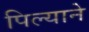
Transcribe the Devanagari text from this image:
पिल्याने